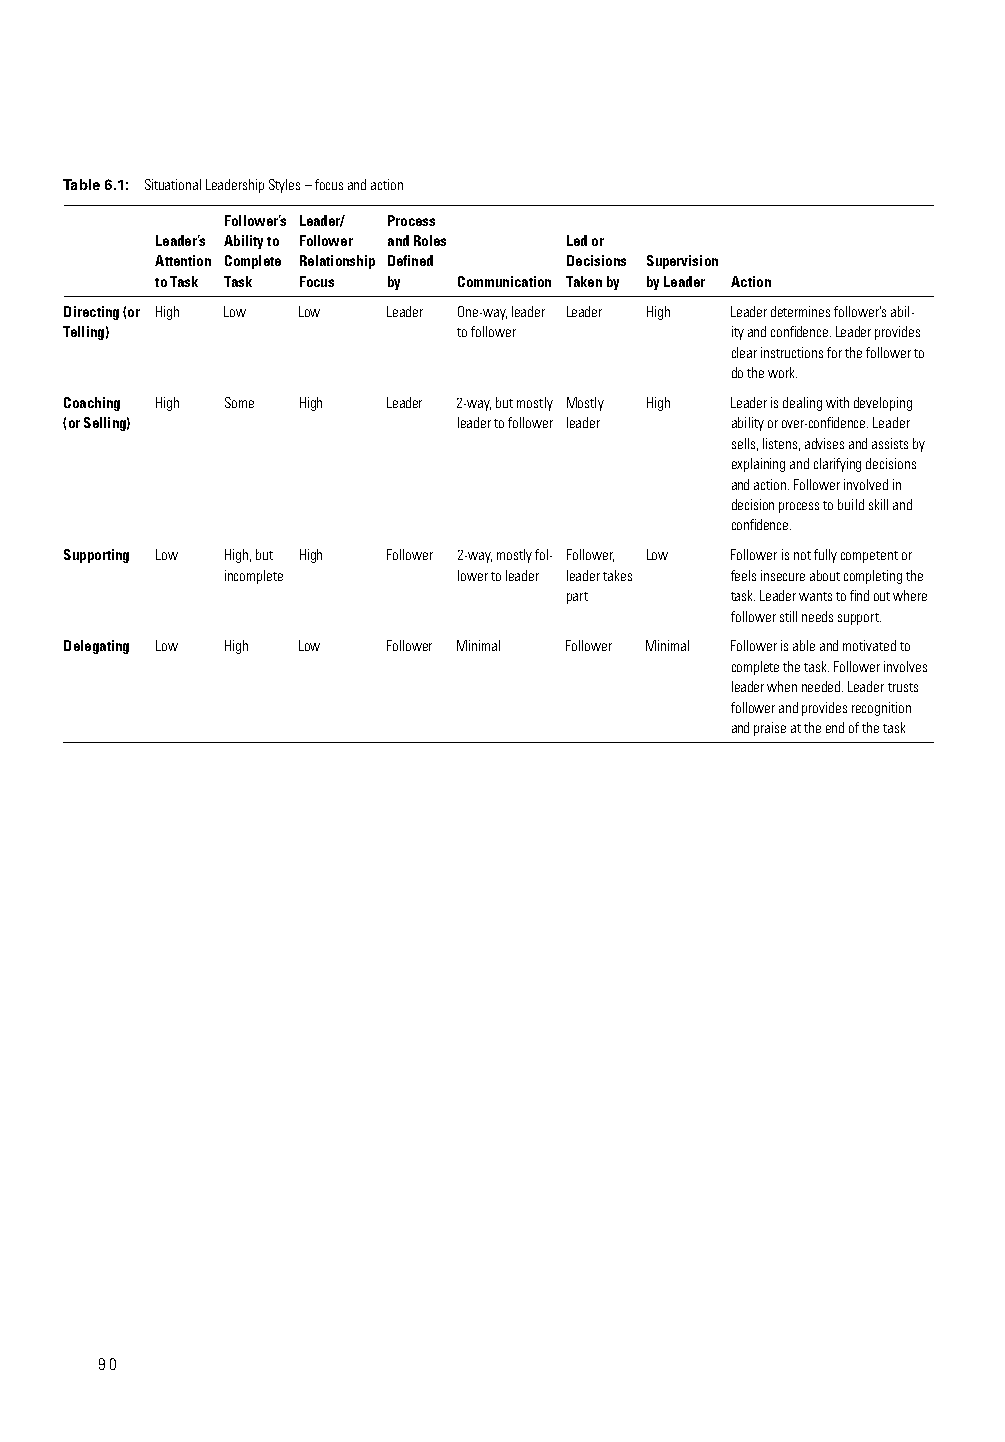
Table 6.1: Situational Leadership Styles – focus and action
 Follower’s Leader/ Process
 Leader’s Ability to Follower and Roles Led or
 Attention Complete Relationship Defi ned Decisions Supervision
 to Task Task Focus by Communication Taken by by Leader Action
 Directing (or High Low Low Leader One-way, leader Leader High Leader determines follower’s abil-
 Telling)                  to follower       ity and confi dence. Leader provides
 clear instructions for the follower to
 do the work.
 Coaching High Some High Leader 2-way, but mostly Mostly High Leader is dealing with developing
 (or Selling)              leader to follower leader ability or over-confi dence. Leader
 sells, listens, advises and assists by
 explaining and clarifying decisions
 and action. Follower involved in
 decision process to build skill and
 confi dence.
 Supporting Low High, but High Follower 2-way, mostly fol- Follower, Low Follower is not fully competent or
 incomplete     lower to leader leader takes feels insecure about completing the
 part       task. Leader wants to fi nd out where
 follower still needs support.
 Delegating Low High Low Follower Minimal Follower Minimal Follower is able and motivated to
 complete the task. Follower involves
 leader when needed. Leader trusts
 follower and provides recognition
 and praise at the end of the task
 90